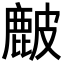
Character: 𥀔